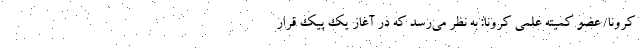
کرونا/ عضو کمیته علمی کرونا: به نظر می‌رسد که در آغاز یک پیک قرار